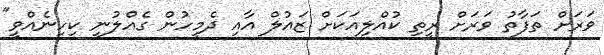
ވަރަށް ތަފާތު ވަރަށް ރީތި ކުއްލިއަކަށް ޒައުލް އާއި ދެމީހުން ގެއްލުނީ ކިހިނެއްވީ"